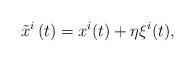
LaTeX: \begin{align*}\tilde{x}^{i}\left( t\right) =x^{i}(t)+\eta \xi ^{i}(t), \end{align*}